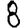
Digit: 8